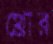
থ্রোর